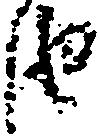
由